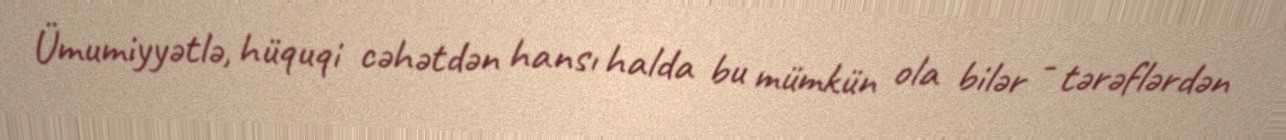
Ümumiyyətlə, hüquqi cəhətdən hansı halda bu mümkün ola bilər - tərəflərdən